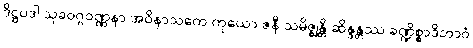
ဒိဋ္ဌပဒါ သုခဝဂ္ဂဝဏ္ဏနာ အဝိနာသကေ ကုယော ဇနီ သမိဇ္ဈန္တိ ဆိန္ဒန္တဿ ခဏ္ဍိစ္စာဒိဘာဝံ